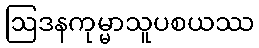
ဩဒနကုမ္မာသူပစယဿ